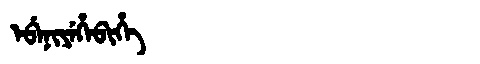
Manchu: ᡝᠪᡝᠨᡳᠶᡝᡥᡝᠪᡳᡥᡝ
Romanization: EBENIYEHEBIHE